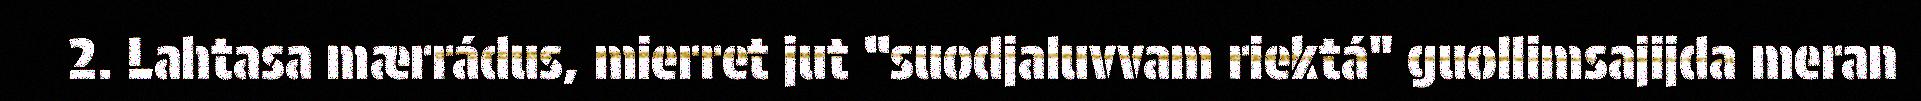
2. Lahtasa mærrádus, mierret jut “suodjaluvvam riektá" guollimsajijda meran